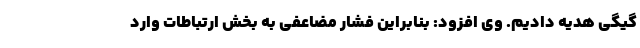
گیگی هدیه دادیم. وی افزود: بنابراین فشار مضاعفی به بخش ارتباطات وارد